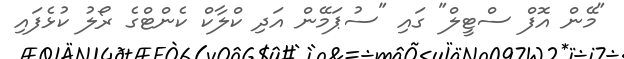
"މޭން އޮފް ސްޓީލް" ގައި "ސުޕަމޭން އަދި ކްލާކް ކެންޓްގެ ރޯލު ކުޅެފައި